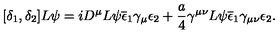
[ \delta _ { 1 } , \delta _ { 2 } ] L \psi = i D ^ { \mu } L \psi \overline { { \epsilon } } _ { 1 } \gamma _ { \mu } \epsilon _ { 2 } + \frac { a } { 4 } \gamma ^ { \mu \nu } L \psi \overline { { \epsilon } } _ { 1 } \gamma _ { \mu \nu } \epsilon _ { 2 } .